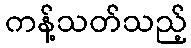
ကန့်သတ်သည့်